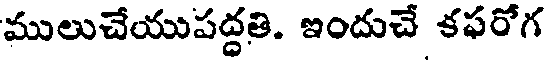
ములుచేయుపద్ధతి. ఇందుచే కఫరోగ